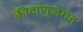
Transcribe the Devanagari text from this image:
कीटाणुजगत्